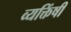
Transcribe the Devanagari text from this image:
व्यक्तिंषी